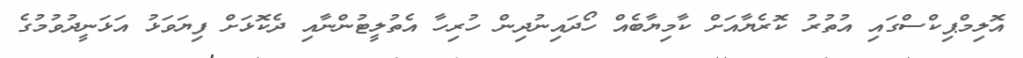
އޮލިމްޕިކްސްގައި އުތުރު ކޮރެޔާއަށް ކާމިޔާބެއް ހޯދައިނުދިން ހުރިހާ އެތުލީޓުންނާއި ދެކޮޅަށް ފިޔަވަޅު އަޅަނީދުވުމުގެ